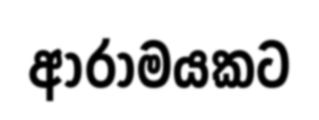
ආරාමයකට